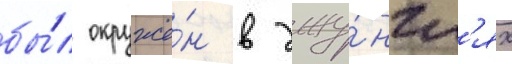
бы́л окружё́н в джу́нгл'ях